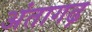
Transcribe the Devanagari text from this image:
अंतागढ़